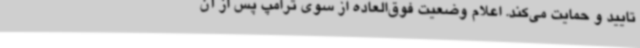
تایید و حمایت می‌کند. اعلام وضعیت فوق‌العاده از سوی ترامپ پس از آن